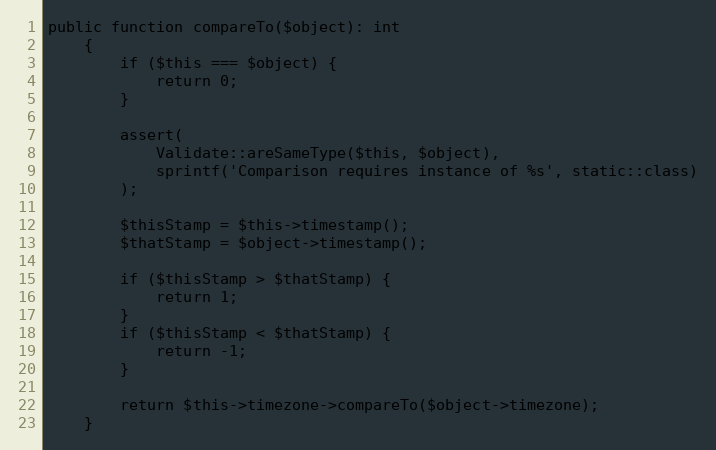
Language: PHP
public function compareTo($object): int
    {
        if ($this === $object) {
            return 0;
        }

        assert(
            Validate::areSameType($this, $object),
            sprintf('Comparison requires instance of %s', static::class)
        );

        $thisStamp = $this->timestamp();
        $thatStamp = $object->timestamp();

        if ($thisStamp > $thatStamp) {
            return 1;
        }
        if ($thisStamp < $thatStamp) {
            return -1;
        }

        return $this->timezone->compareTo($object->timezone);
    }